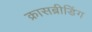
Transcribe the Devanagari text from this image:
क्रासब्रीडिंग